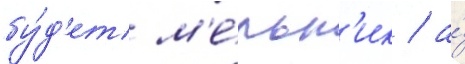
бу́д'ет м'е́льн'ик / а́